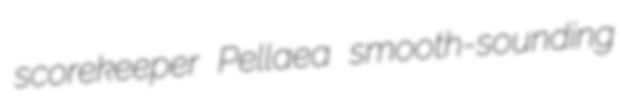
scorekeeper Pellaea smooth-sounding